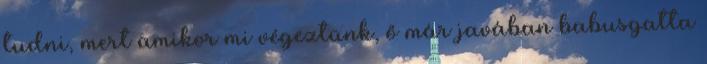
tudni, mert amikor mi végeztünk, ő már javában babusgatta